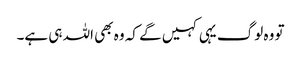
تو وہ لوگ یہی کہیں گے کہ وہ بھی اللہ ہی ہے۔